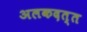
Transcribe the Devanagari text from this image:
अलकदत्त